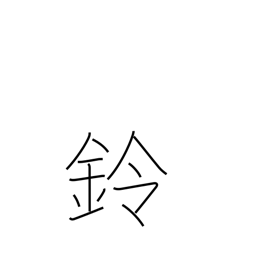
Meaning: small bell